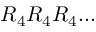
R _ { 4 } R _ { 4 } R _ { 4 } . . .